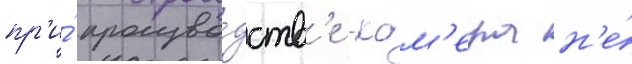
пр'и́ произво́дств'е -кам'ера н'е́